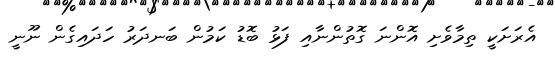
އެރަށަކީ ތިމާވެށި އޮންނަ ގޮތުންނާއި ފަޅު ބޮޑު ކަމުން ބަނދަރު ހަދައިގެން ނޫނީ